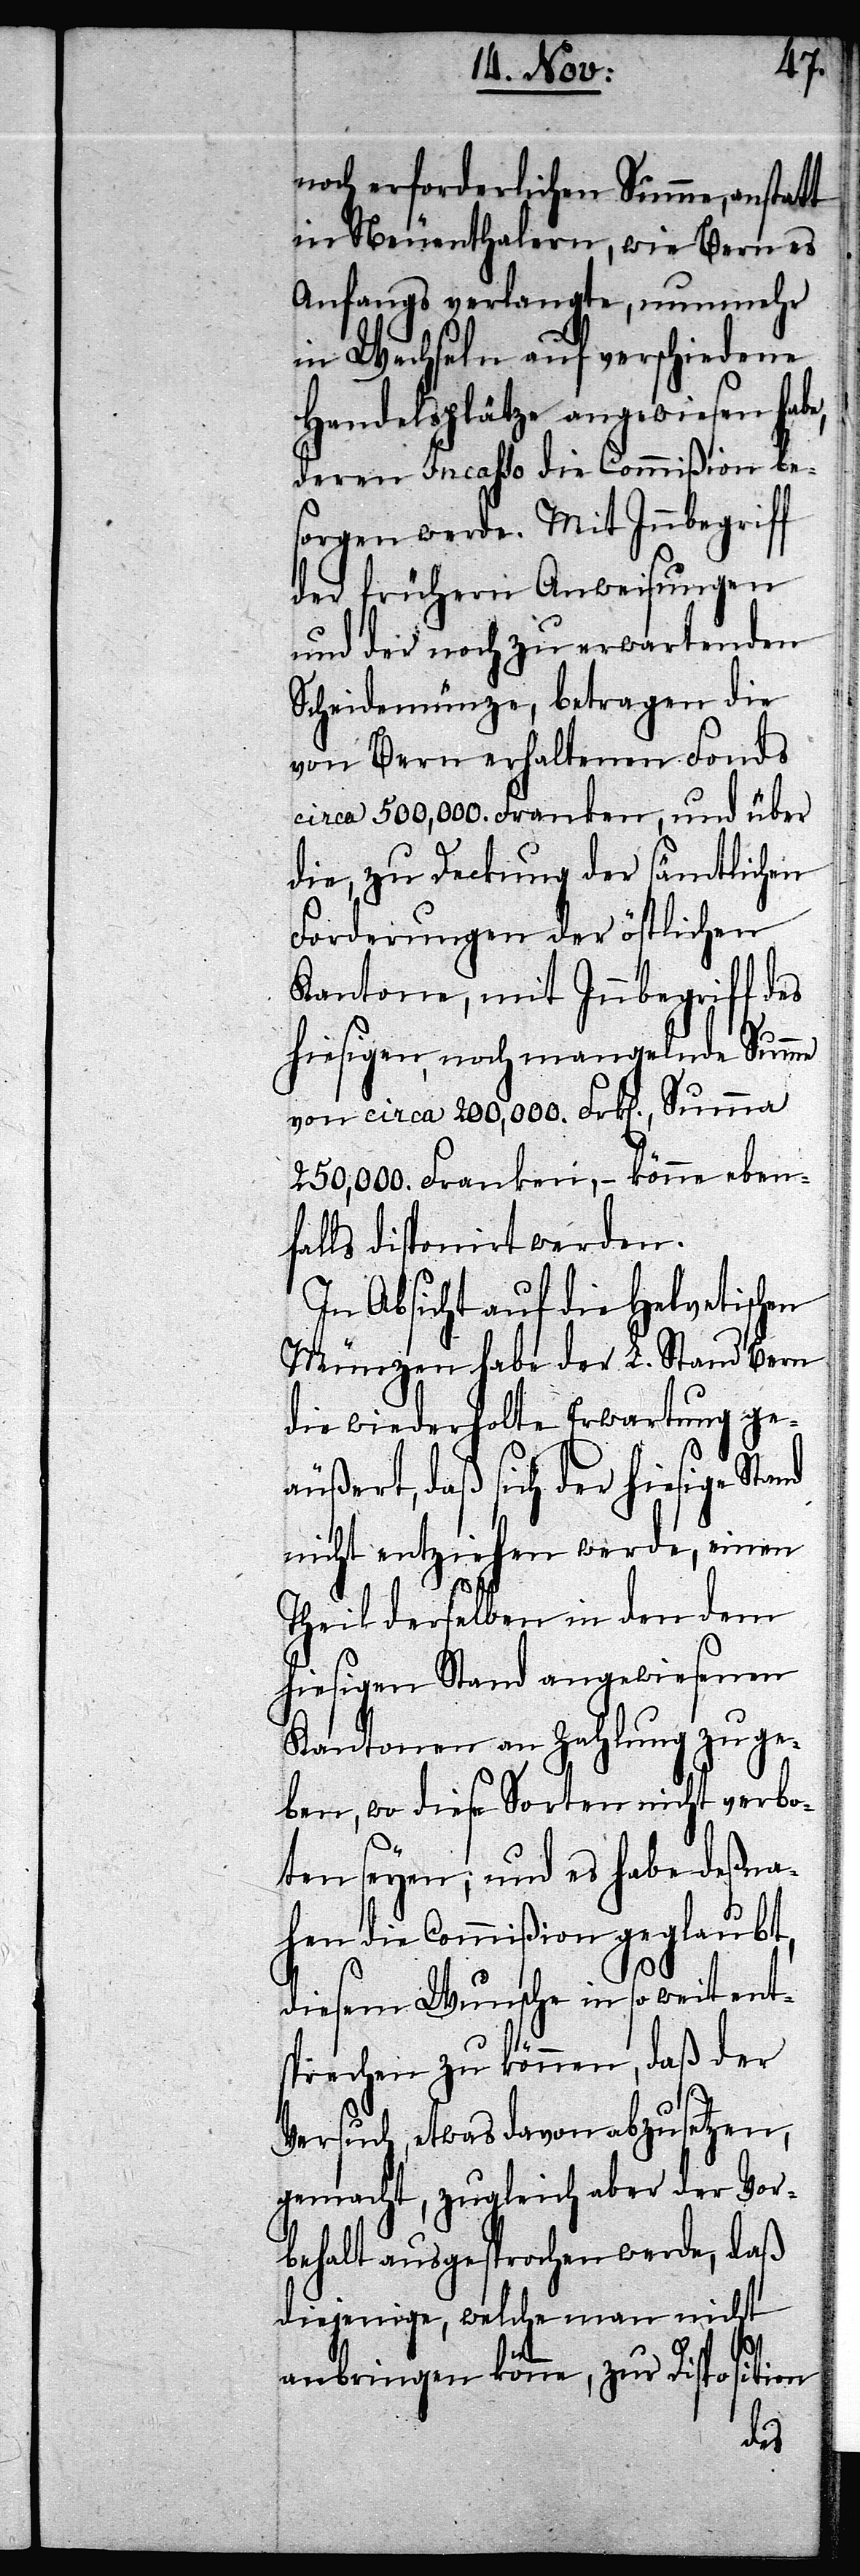
noch erforderlichen Summe, anstatt
in Neuenthalern, wie Bern es
Anfangs verlangte, nunmehr
in Wechseln auf verschiedene
Handelsplätze angewiesen habe,
deren Incasso die Commißion bes¬
orgen werde. Mit Innbegriff
der frühern Anweisungen
und der noch zu erwartenden
Scheidemünze, betragen die
von Bern erhaltenen Fonds
circa 500,000. Franken, und über
die, zu Deckung der sämtlichen
Forderungen der östlichen
Kantone, mit Innbegriff des
hiesigen, noch mangelnde Summe
von circa 200,000. Frk[en]., Summa
250,000. Franken, – könne eben¬
falls disponirt werden.
In Absicht auf die Helvetischen
Münzen habe der L. Stand Bern
die wiederholte Erwartung geä¬
ußert, daß sich der hiesige Stand
nicht entziehen werde, einen
Theil derselben in den dem
hiesigen Stand angewiesenen
Kantonen an Zahlung zu ge¬
ben, wo diese Sorten nicht verbo¬
ten seyen; und es habe deßna¬
hen die Commißion geglaubt,
diesem Wunsche in so weit ent¬
sprechen zu können, daß der
Versuch, etwas davon abzusetzen,
gemacht, zugleich aber der Vor¬
behalt ausgesprochen werde, daß
diejenige, welche man nicht
anbringen könne, zur Disposition